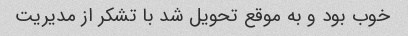
خوب بود و به موقع تحویل شد با تشکر از مدیریت